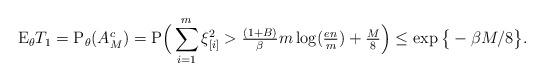
LaTeX: \begin{align*}\mathrm{E}_{\theta} T_1=\mathrm{P}_{\theta}(A^c_M) &= \mathrm{P}\Big(\sum_{i=1}^{m} \xi_{[i]}^2 > \tfrac{(1+B)}{\beta}m \log(\tfrac{en}{m}) +\tfrac{M}{8}\Big) \le \exp\big\{-\beta M/8\big\}.\end{align*}